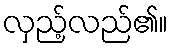
လှည့်လည်၏။